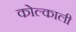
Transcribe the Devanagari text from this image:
कोल्काली